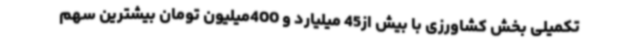
تکمیلی بخش کشاورزی با بیش از45 میلیارد و 400میلیون تومان بیشترین سهم